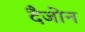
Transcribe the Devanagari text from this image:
दैजोन